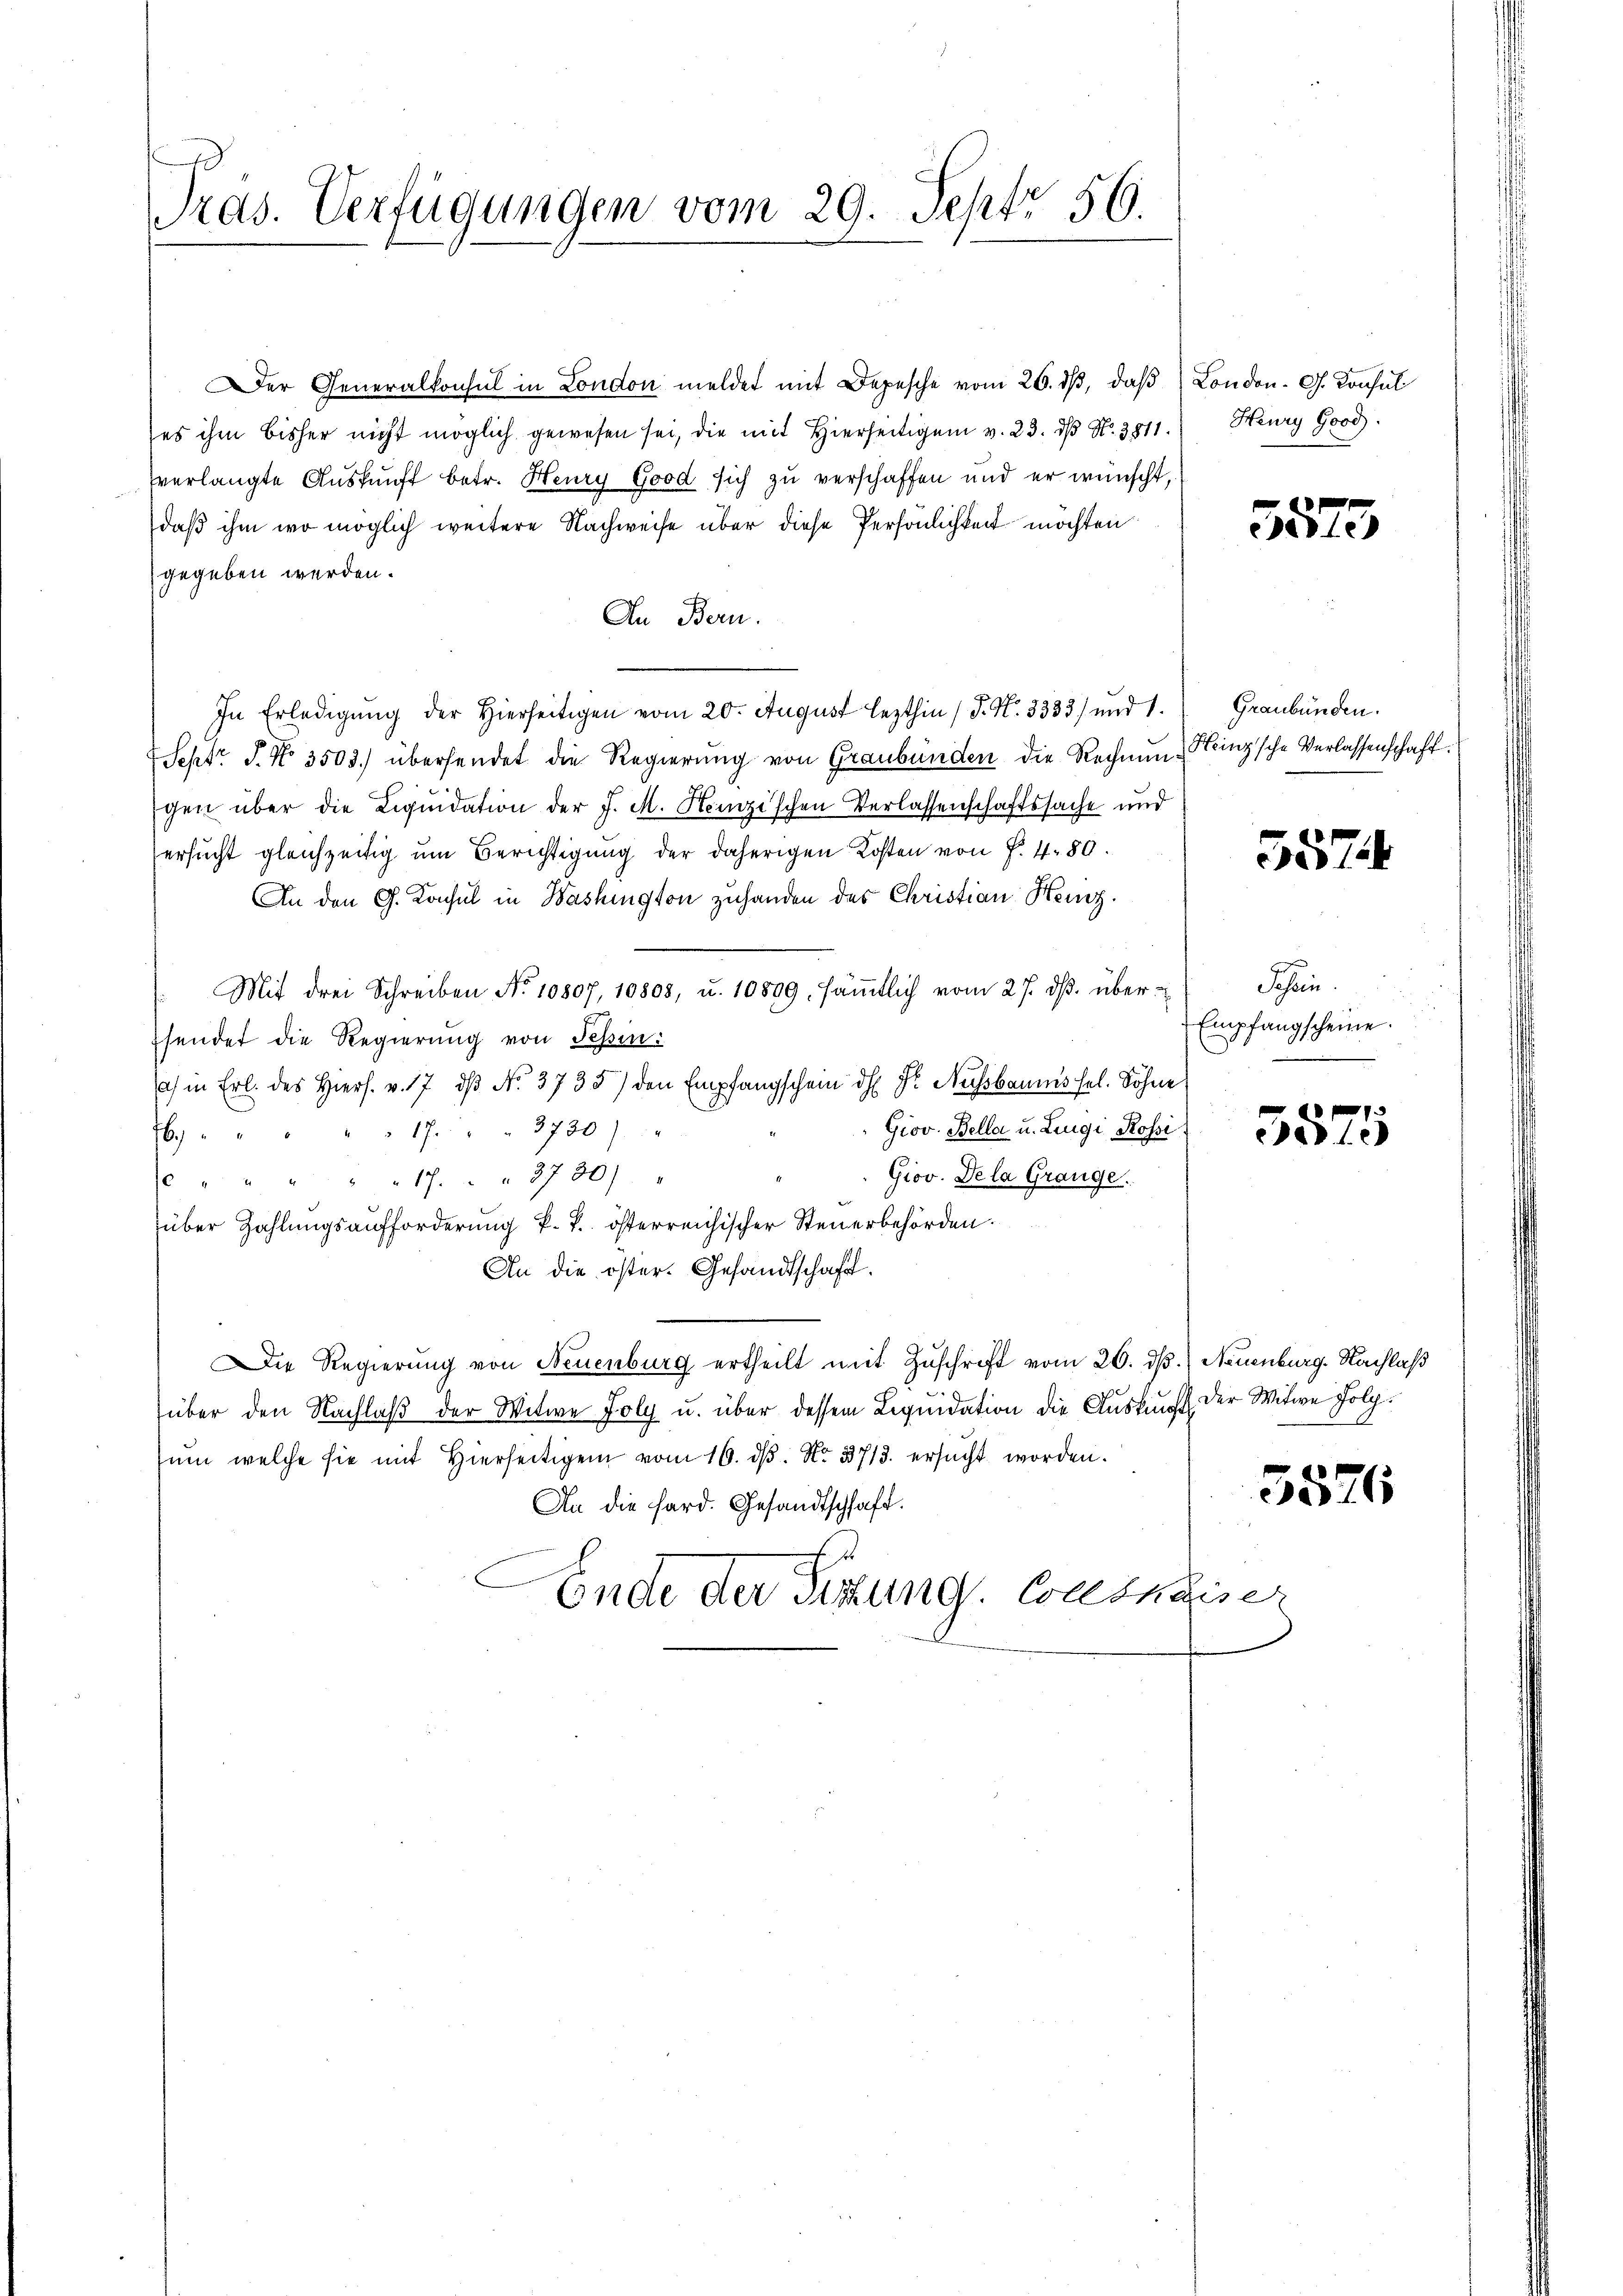
Tras. Verfügungen vom 29. Sept. 56.

Der Generalkonsul in London meldet mit Depesche vom 26. dβ, daß London. G. Konsul
es ihm bisher nicht möglich gewesen sei, die mit Hierseitigen v. 23. dβ N. 3511. Henry Good.
verlangte Auskunft betr. Heury Good sich zu verschaffen und er wünscht,
daß ihm wo möglich weitere Nachweise über diese Persönlichkeit möchten
gegeben werden.
An Bern.
In Erledigŭng der Hierseitigen vom 20. August lezthin (P. Nr. 3333) und 1. Graubünden.
Sept. P. No 3503) übersendet die Regierung von Graubünden die Rechnung Heinz’sche Verlassenschaft.
gen über die Liquidation der J. M. Heinzischen Verlassenschaftssache und
ersucht gleichzeitig um Berichtigung der daherigen Kosten von f. 480.
An den G. Konsul in Washington zuhanden des Christian Heiz
Mit drei Schreiben No 10807, 10808, u. 10809, säṁtlich vom 27. dβ. über - Schein
sendet die Regierung von Tessin:
) in Erl. des Hiers. v. 17. dβ No. 3735) den Empfangschein dh. Pr. Nussbaums sel. Söhne
Giov. Bella u. Lingi Rossi
17. " " 3730)
6
Grov. De la Grange.
 " " " " " 17. " " 3730 "
über Zahlungsaufforderung k. k. österreichischer Steuerbehörden.
An die öster. Gesandtschaft.
ie Regierung von Neuenburg ertheilt mit Zŭschrift vom 26. dß.) Neuenburg. Nachlaß
1
über den Nachlaβ der Witwe Foly u. über dessen Liquidation die Auskunft der Witwe Folg
ŭm welche sie mit Hierseitigen vom 16. dβ. No. 3713. ersŭcht worden.
An die Hard. Gesandtschaft.
Ende der Sitzung. Consnaiser

f
edle

5574

Empfangscheine.

f
27
Pede

5576